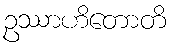
ဥဿာဟိတောတိ